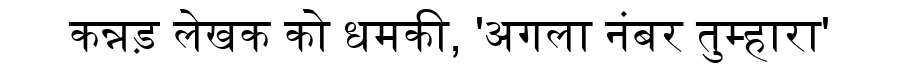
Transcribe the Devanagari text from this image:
कन्नड़ लेखक को धमकी, 'अगला नंबर तुम्हारा'